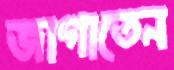
জাগাতেন